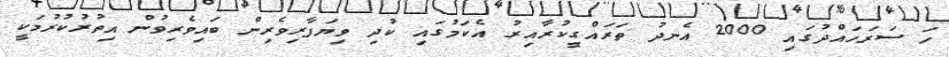
ހަ ސަރަހައްދުގައި 2000 އެނދު ތަރައްގީކުރާއިރު އެކަމުގައި ކުދި ވިޔަފާރިވެރިން ބައިވެރިވުން އިތުރުކުރުމަކީ